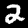
Digit: 2